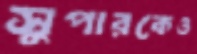
সুপারকেও